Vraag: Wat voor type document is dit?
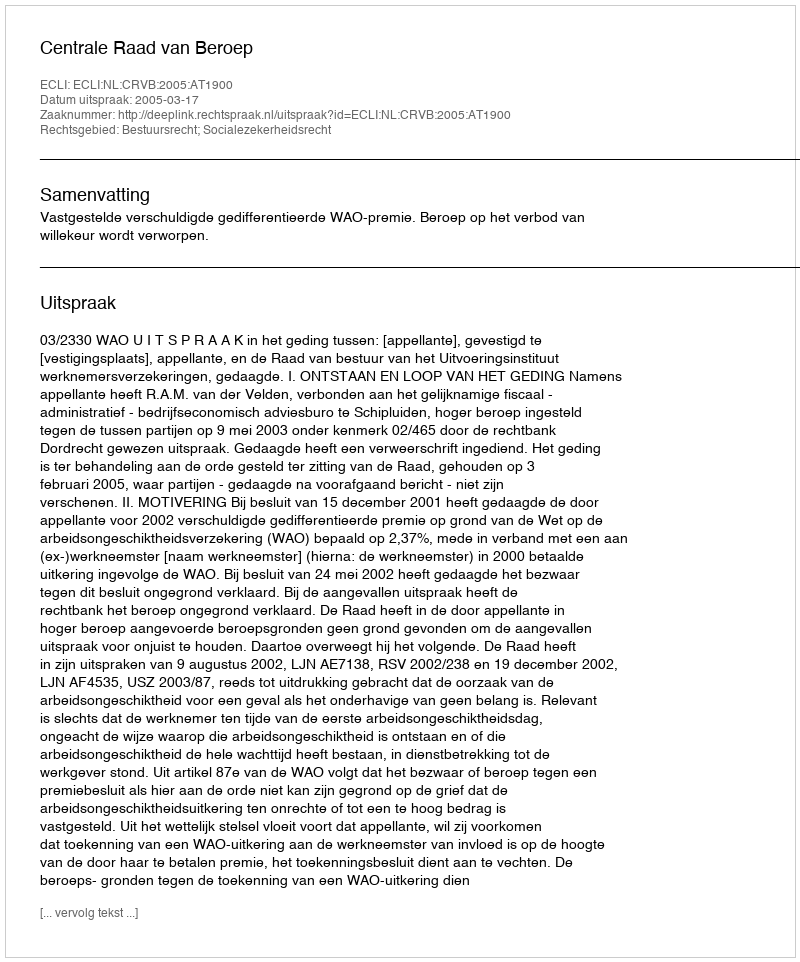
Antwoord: Uitspraak